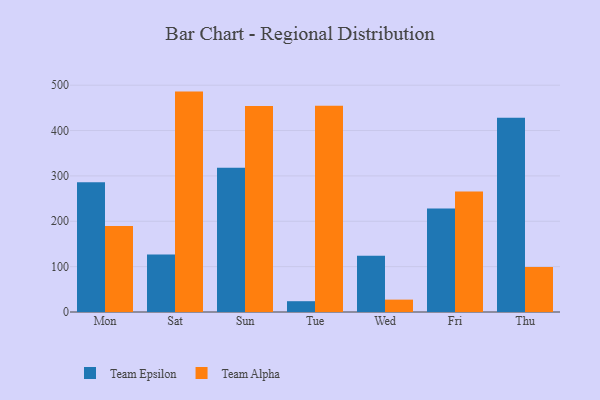
{"axis": {"x": "Day", "y": "Page Views"}, "legend": ["Team Alpha", "Team Epsilon"], "data": [{"x": "Mon", "y": 285.8, "type": "Team Epsilon"}, {"x": "Mon", "y": 189.8, "type": "Team Alpha"}, {"x": "Sat", "y": 126.6, "type": "Team Epsilon"}, {"x": "Sat", "y": 485.9, "type": "Team Alpha"}, {"x": "Sun", "y": 318.0, "type": "Team Epsilon"}, {"x": "Sun", "y": 453.9, "type": "Team Alpha"}, {"x": "Tue", "y": 23.8, "type": "Team Epsilon"}, {"x": "Tue", "y": 454.7, "type": "Team Alpha"}, {"x": "Wed", "y": 123.9, "type": "Team Epsilon"}, {"x": "Wed", "y": 27.3, "type": "Team Alpha"}, {"x": "Fri", "y": 228.0, "type": "Team Epsilon"}, {"x": "Fri", "y": 265.4, "type": "Team Alpha"}, {"x": "Thu", "y": 428.1, "type": "Team Epsilon"}, {"x": "Thu", "y": 99.2, "type": "Team Alpha"}]}